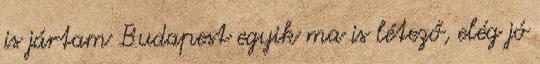
is jártam Budapest egyik ma is létező, elég jó